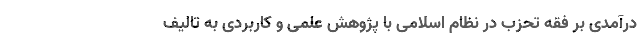
درآمدی بر فقه تحزب در نظام اسلامی با پژوهش علمی و کاربردی به تالیف